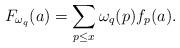
LaTeX: \begin{align*}F_{\omega_q}(a) = \sum_{p\leq x} \omega_q(p) f_p(a).\end{align*}